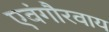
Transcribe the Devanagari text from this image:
एवंगौरवाय